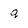
Character: q